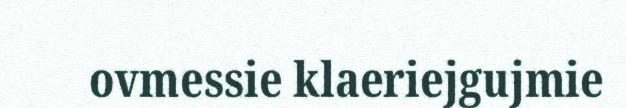
ovmessie klaeriejgujmie